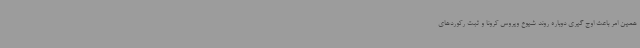
همین امر باعث اوج گیری دوباره روند شیوع ویروس کرونا و ثبت رکوردهای